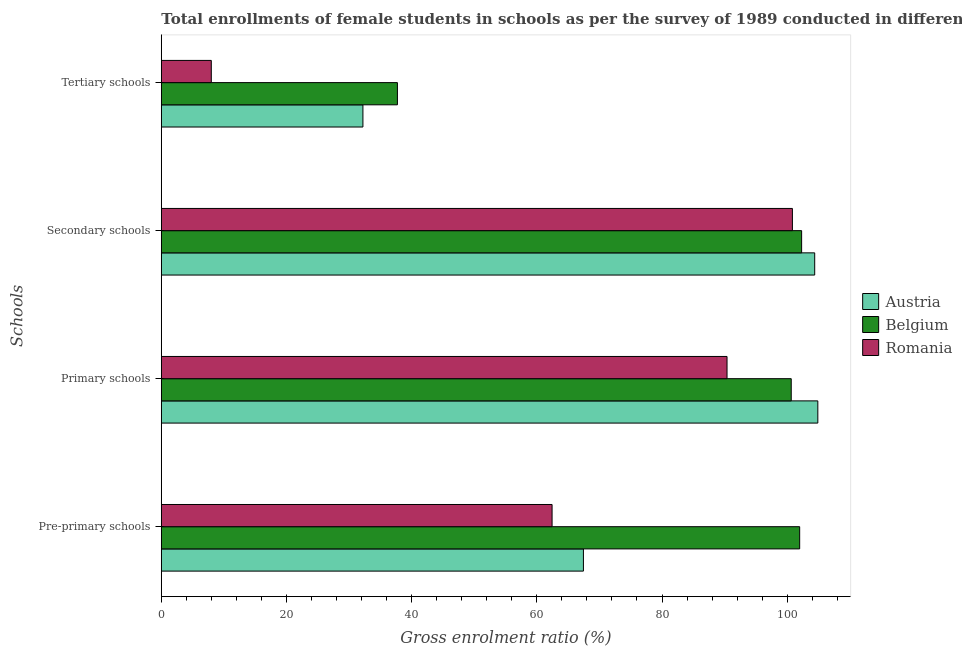
| Schools | Austria | Belgium | Romania |
 | --- | --- | --- | --- |
 | Pre-primary schools | 67.4 | 102 | 62.4 |
 | Primary schools | 105 | 101 | 90.4 |
 | Secondary schools | 104 | 102 | 101 |
 | Tertiary schools | 32.2 | 37.7 | 7.99 |